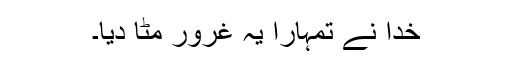
خدا نے تمہارا یہ غرور مٹا دیا۔